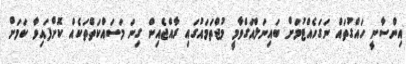
އިންސާނީ ހައްގުތައް ނަގަހެއްޓުމަށް ބައިނަލްއަގްވާމީ މުޖްތަމައުގައި ރާއްޖެއިން ގިނަ މަސައްކަތްތަކެއް ކޮށްފައިވާ ކަމަށް